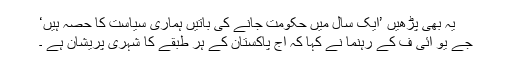
یہ بھی پڑھیں ’ایک سال میں حکومت جانے کی باتیں ہماری سیاست کا حصہ ہیں‘
جے یو آئی ف کے رہنما نے کہا کہ آج پاکستان کے ہر طبقے کا شہری پریشان ہے ۔